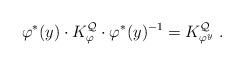
LaTeX: \begin{align*}\varphi^\ast(y)\cdot K^{\mathcal Q}_\varphi\cdot\varphi^\ast(y)^{-1}= K^{\mathcal Q}_{\varphi^y}\ .\end{align*}